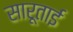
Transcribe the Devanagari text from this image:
सारूताई